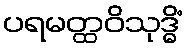
ပရမတ္ထဝိသုဒ္ဓိံ